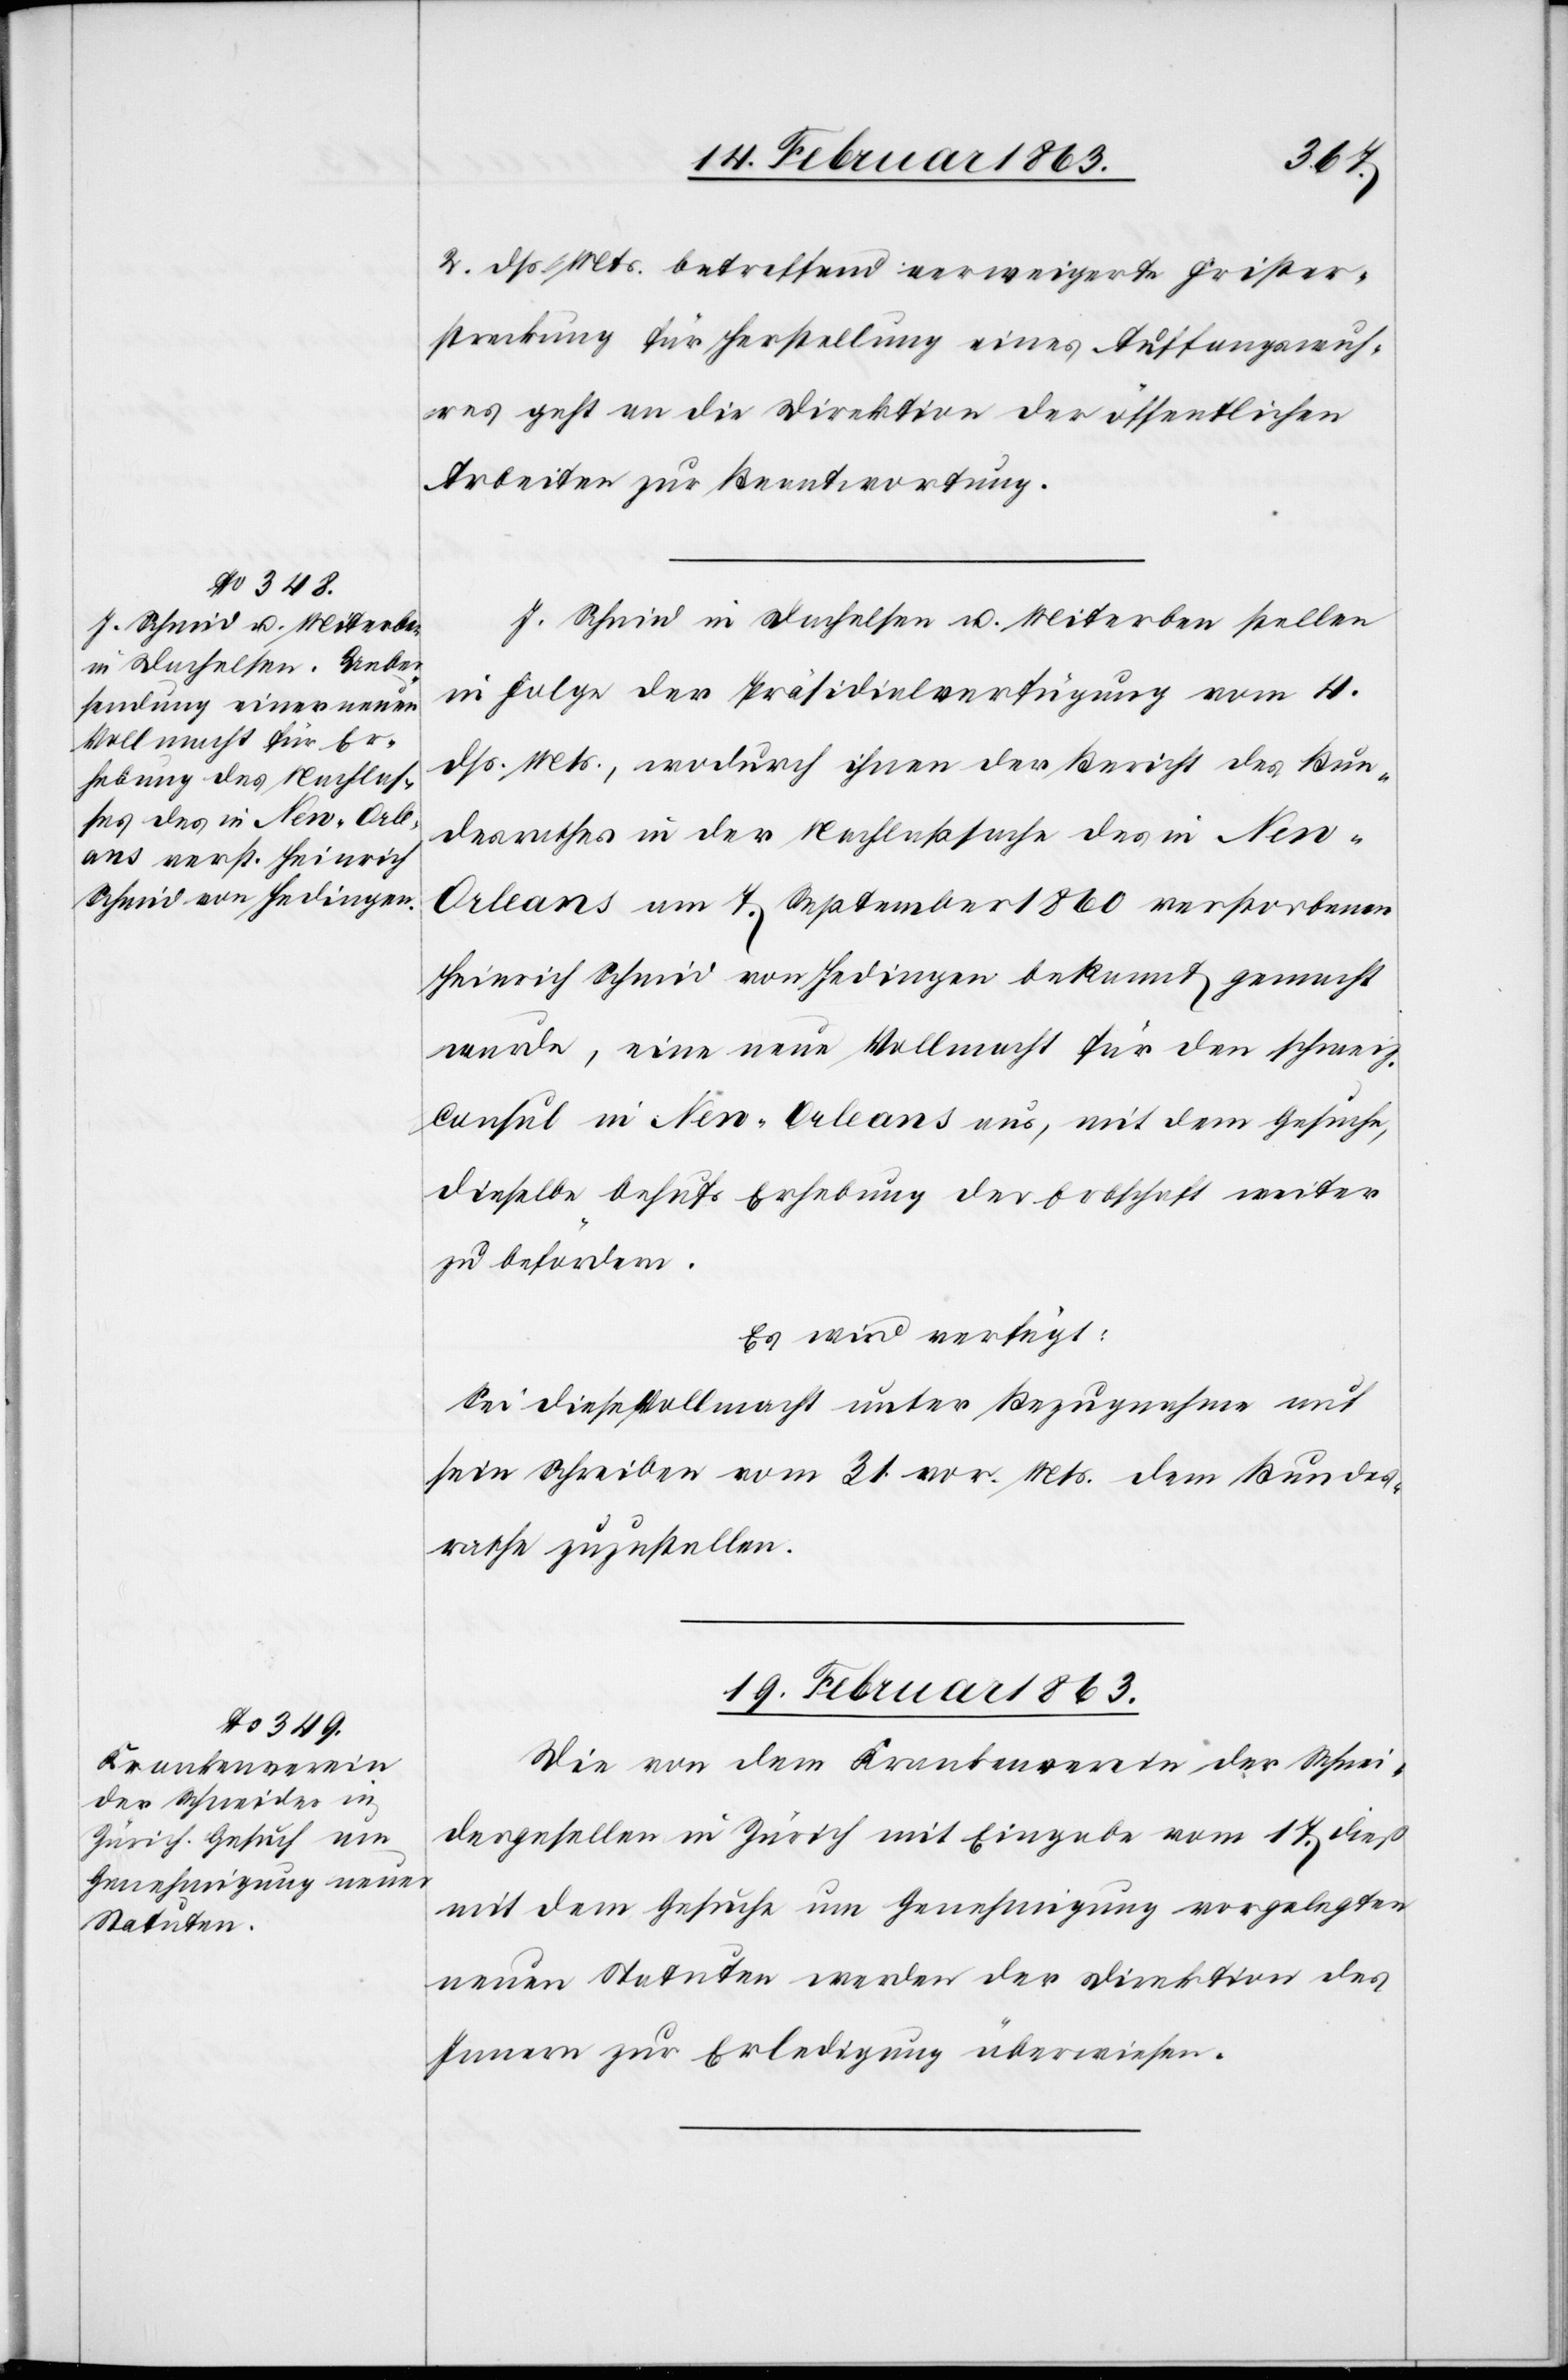
2. dß. Mts. betreffend verweigerte Frister¬
streckung für Herstellung eines Auffangswuh¬
res geht an die Direktion der öffentlichen
Arbeiten zur Beantwortung.
J. Schmid in Dachelsen u. Miterben stellen
in Folge der Präsidialverfügung vom 4.
dß. Mts., wodurch ihnen der Bericht des Bun¬
desrathes in der Nachlaßsache des in New-Or¬
leans am 7. September 1860 verstorbenen
Heinrich Schmid von Hedingen bekannt gemacht
wurde, eine neue Vollmacht für den schweiz.
Consul in New-Orleans aus, mit dem Gesuche,
dieselbe behufs Erhebung der Erbschaft weiter
zu befördern.
Es wird verfügt:
Sei diese Vollmacht unter Bezugnahme auf
sein Schreiben vom 31. vor. Mts. dem Bundes¬
rathe zuzustellen.
19. Februar 1863.
Die von dem Krankenverein der Schnei¬
dergesellen in Zürich mit Eingabe vom 17. dieß
mit dem Gesuche um Genehmigung vorgelegten
neuen Statuten werden der Direktion des
Innern zur Erledigung überwiesen.